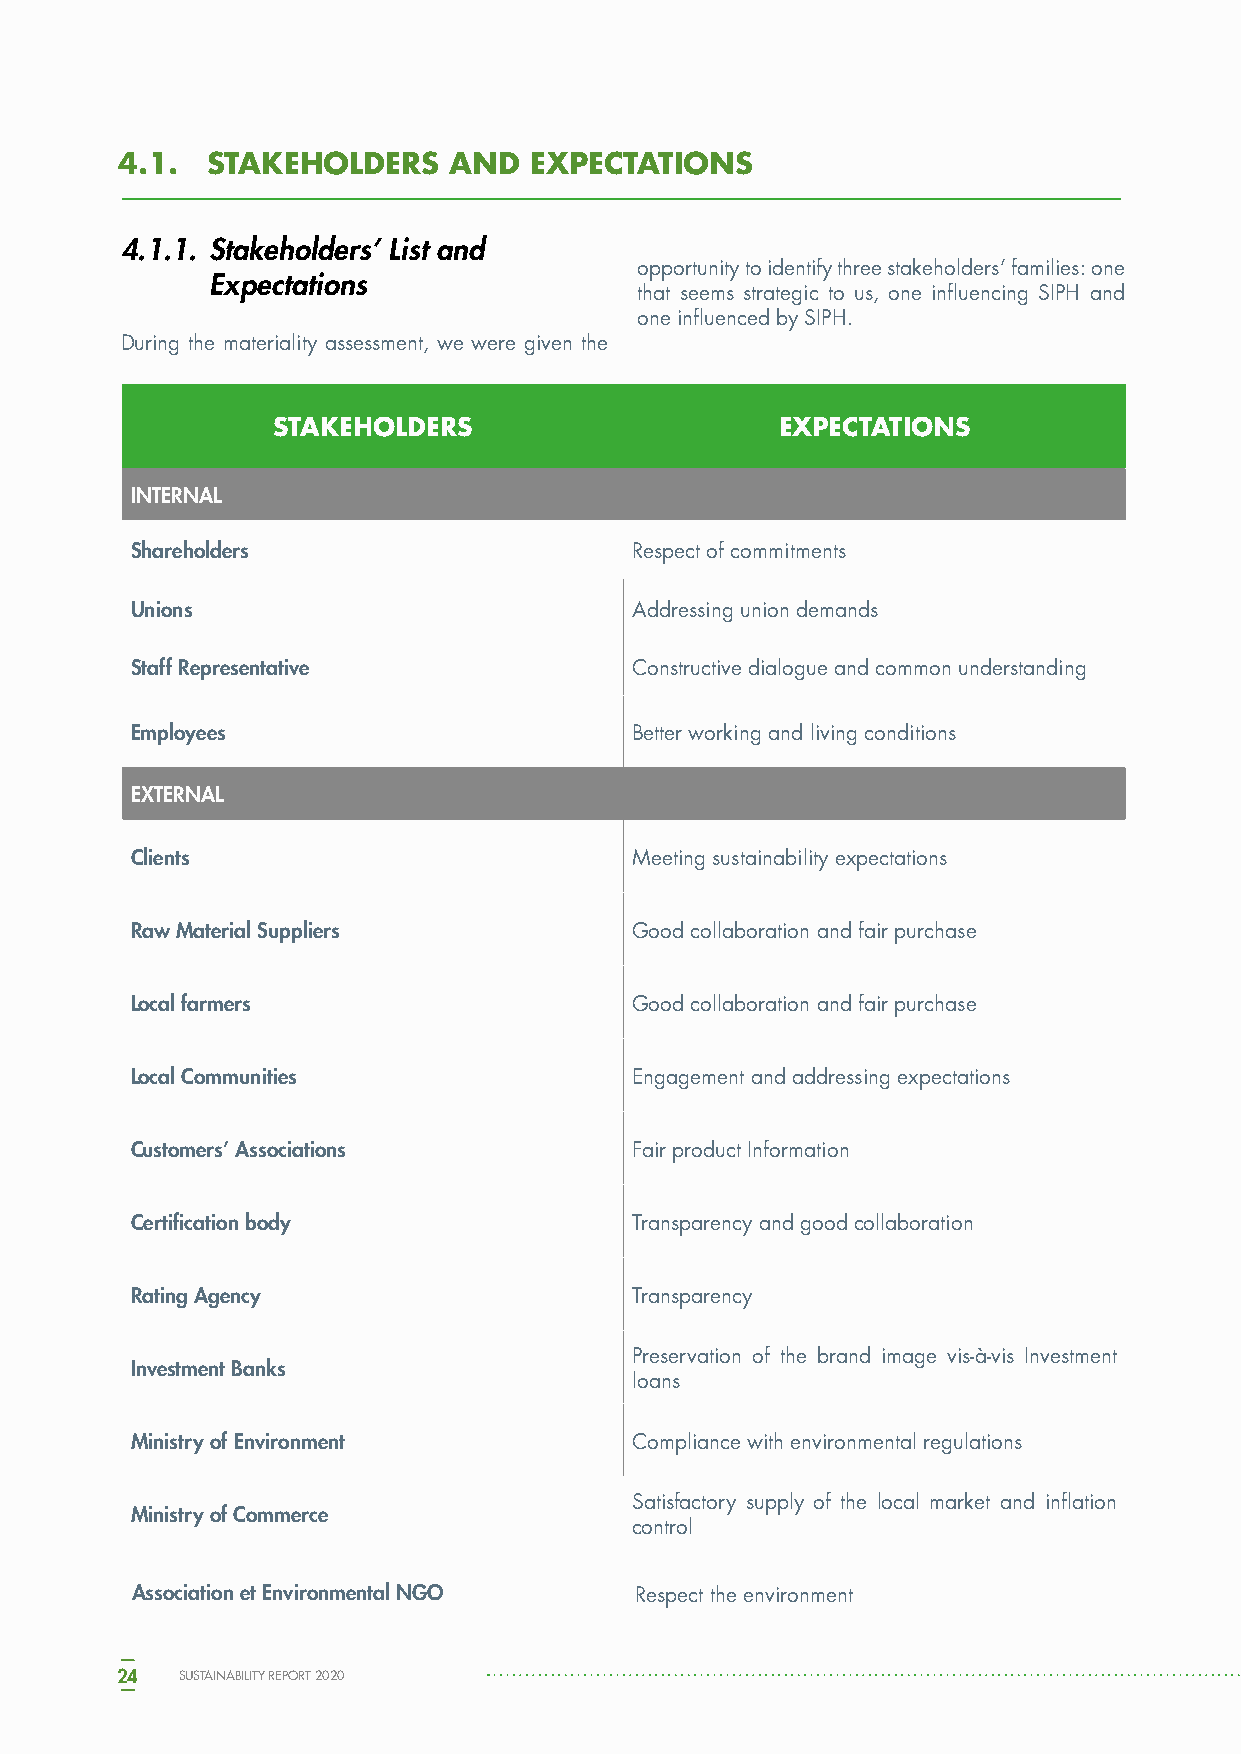
4.1.  STAKEHOLDERS    AND  EXPECTATIONS
 4.1.1. Stakeholders’ List and
 opportunity to identify three stakeholders’ families: one
 Expectations
 that seems strategic to us, one influencing SIPH and
 one influenced by SIPH.
 During the materiality assessment, we were given the
 STAKEHOLDERS                      EXPECTATIONS
 INTERNAL
 Shareholders                     Respect of commitments
 Unions                           Addressing union demands
 Staff Representative             Constructive dialogue and common understanding
 Employees                        Better working and living conditions
 EXTERNAL
 Clients                          Meeting sustainability expectations
 Raw Material Suppliers           Good collaboration and fair purchase
 Local farmers                    Good collaboration and fair purchase
 Local Communities                Engagement and addressing expectations
 Customers’ Associations          Fair product Information
 Certification body               Transparency and good collaboration
 Rating Agency                    Transparency
 Preservation of the brand image vis-à-vis Investment
 Investment Banks
 loans
 Ministry of Environment          Compliance with environmental regulations
 Satisfactory supply of the local market and inflation
 Ministry of Commerce
 control
 Association et Environmental NGO Respect the environment
 24  SUSTAINABILITY REPORT 2020